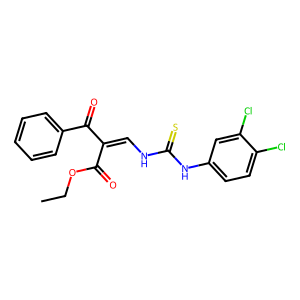
SMILES: CCOC(=O)C(=CNC(=S)Nc1ccc(Cl)c(Cl)c1)C(=O)c1ccccc1
Inhibits HIV replication: No